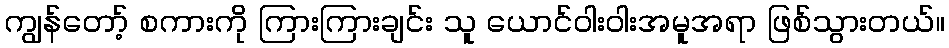
ကျွန်တော့် စကားကို ကြားကြားချင်း သူ ယောင်ဝါးဝါးအမူအရာ ဖြစ်သွားတယ်။